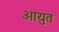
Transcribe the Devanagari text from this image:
आयुत